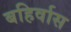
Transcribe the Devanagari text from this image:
बहिर्वास